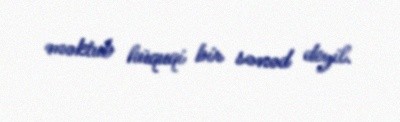
məktub hüquqi bir sənəd deyil.